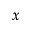
x